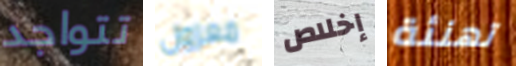
تتواجد معزول إخلاص تهنئة